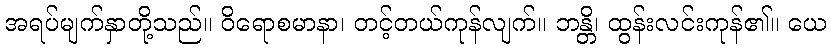
အရပ်မျက်နှာတို့သည်။ ဝိရောစမာနာ၊ တင့်တယ်ကုန်လျက်။ ဘန္တိ၊ ထွန်းလင်းကုန်၏။ ယေ